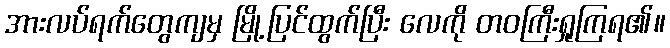
အားလပ်ရက်တွေကျမှ မြို့ပြင်ထွက်ပြီး လေကို တဝကြီးရှုကြရ၏။